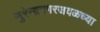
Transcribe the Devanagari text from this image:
सुरेन्द्रनगरजवळच्या